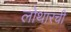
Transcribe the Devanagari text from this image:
लोथारची